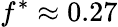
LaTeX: f^{\ast}\approx 0.27